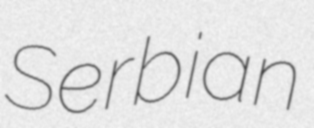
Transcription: Serbian